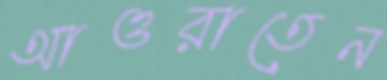
আওরাতেন